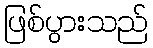
ဖြစ်ပွားသည်